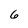
Character: 6